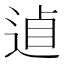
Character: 𨓗